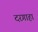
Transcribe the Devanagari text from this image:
दरगाहा